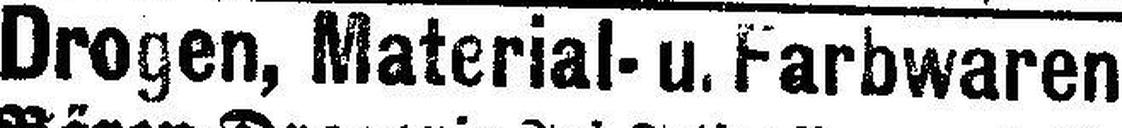
Drogen, Material- u. Farbwaren